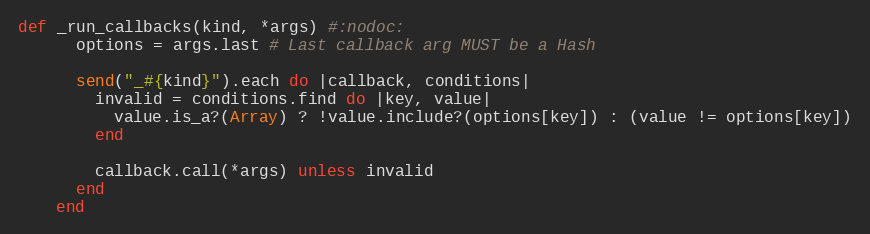
Language: Ruby
def _run_callbacks(kind, *args) #:nodoc:
      options = args.last # Last callback arg MUST be a Hash

      send("_#{kind}").each do |callback, conditions|
        invalid = conditions.find do |key, value|
          value.is_a?(Array) ? !value.include?(options[key]) : (value != options[key])
        end

        callback.call(*args) unless invalid
      end
    end